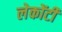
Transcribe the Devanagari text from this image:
लेकोंटी